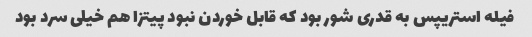
فیله استریپس به قدری شور بود که قابل خوردن نبود پیتزا هم خیلی سرد بود